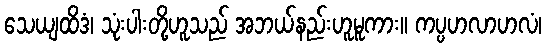
သေယျထိဒံ၊ သုံးပါးတို့ဟူသည် အဘယ်နည်းဟူမူကား။ ကပ္ပဟလာဟလံ၊